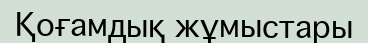
Қоғамдық жұмыстары